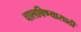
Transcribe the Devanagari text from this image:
चालविण्‍यासाठी